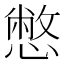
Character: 憋